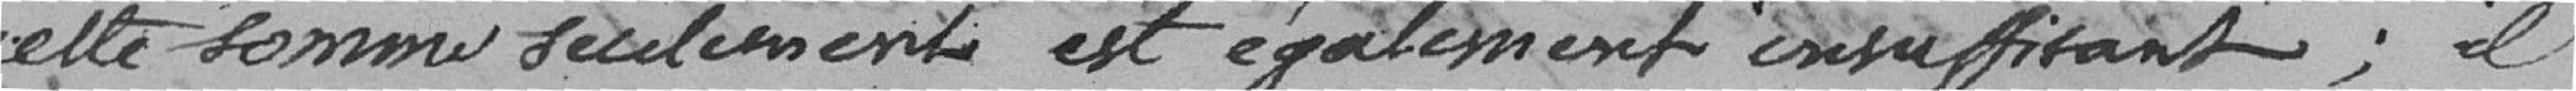
cette somme seulement est également insuffisant; il